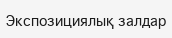
Экспозициялық залдар